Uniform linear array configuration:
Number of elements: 16
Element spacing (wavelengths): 1
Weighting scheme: exponential
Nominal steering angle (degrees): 60
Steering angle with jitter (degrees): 58.125
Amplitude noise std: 0.05
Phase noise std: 0.05

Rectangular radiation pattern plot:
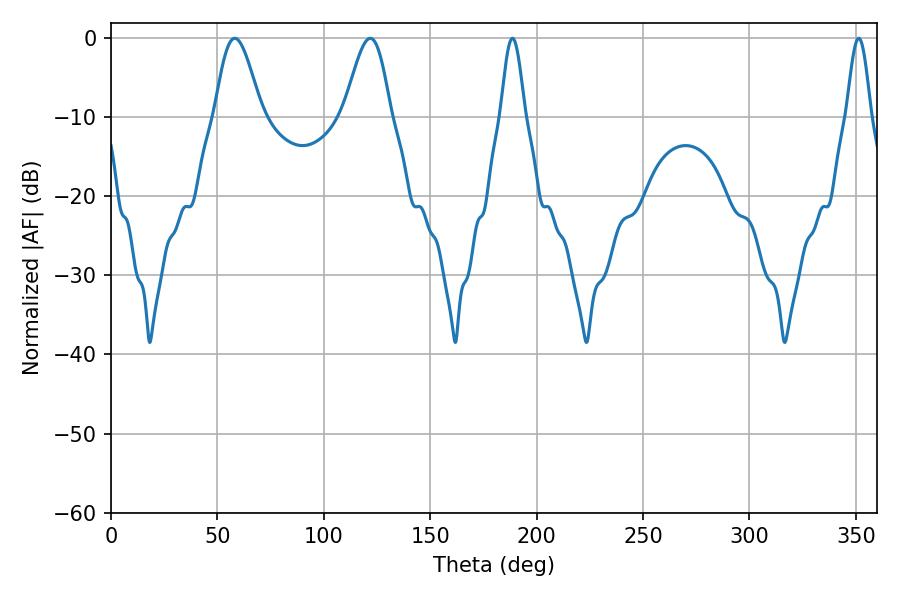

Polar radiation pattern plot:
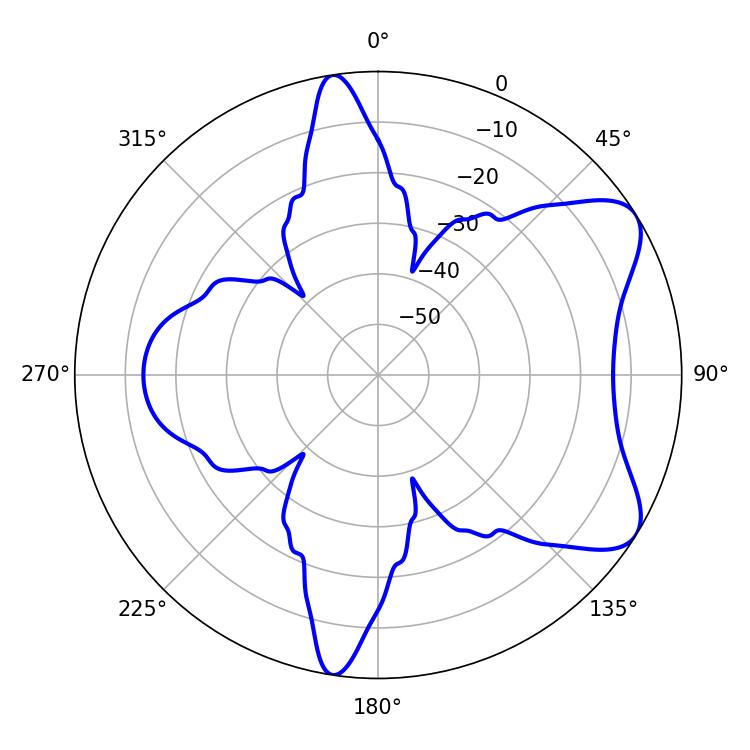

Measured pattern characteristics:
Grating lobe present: TRUE
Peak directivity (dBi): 7.337
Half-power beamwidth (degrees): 6.12
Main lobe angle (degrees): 188.64